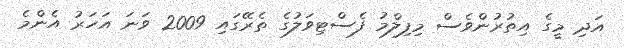
އަދި މީގެ އިތުރުންވެސް މިފިލްމު ފެސްޓިވަލުގެ ތެރޭގައި 2009 ވަނަ އަހަރު އެންމެ